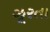
ઝૂરતા